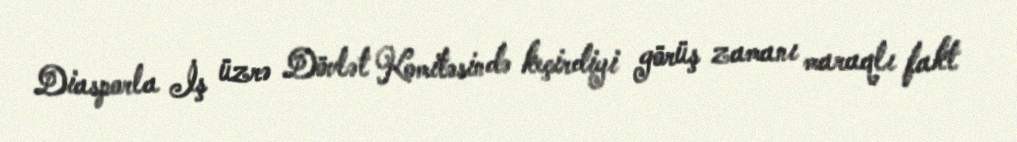
Diasporla İş üzrə Dövlət Komitəsində keçirdiyi görüş zamanı maraqlı fakt